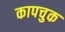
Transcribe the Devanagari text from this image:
कापचुक